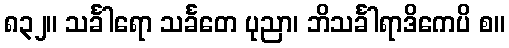
၈၃၂။ သင်္ခါရော သင်္ခတေ ပုညာ၊ ဘိသင်္ခါရာဒိကေပိ စ။